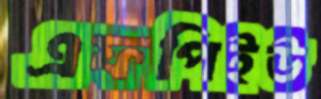
এফপিইউ